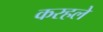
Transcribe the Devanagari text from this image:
करहले